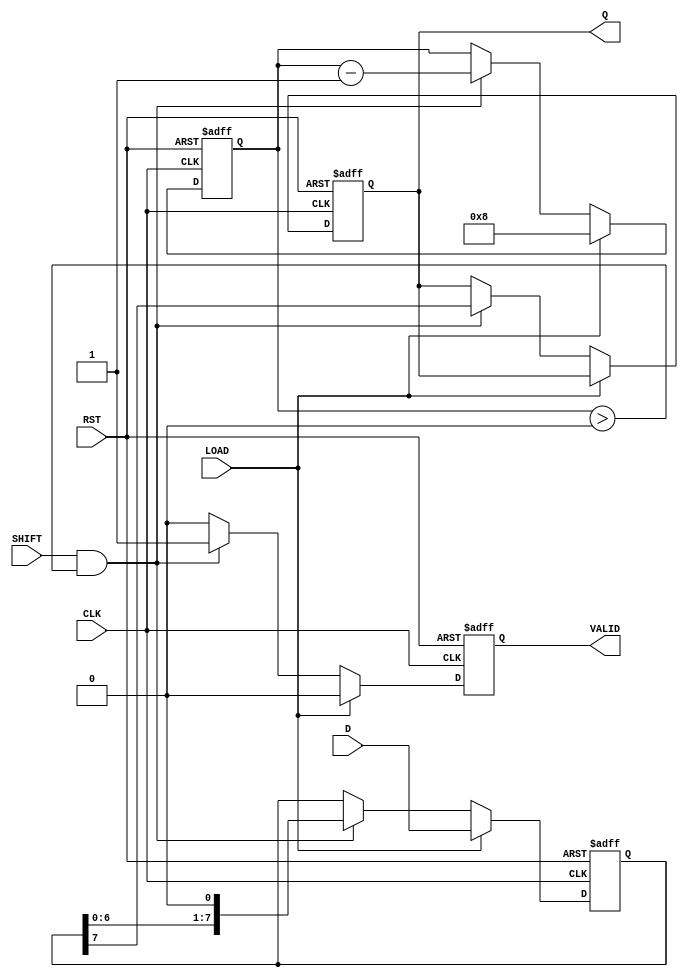
module PISO_Register #(
    parameter WIDTH = 8  // Width of the data input
)(
    input wire [WIDTH-1:0] D,      // Parallel data input
    input wire LOAD,                // Load control signal
    input wire SHIFT,               // Shift control signal
    input wire CLK,                 // Clock signal
    input wire RST,                 // Asynchronous reset signal
    output reg Q,                   // Serial output
    output reg VALID                // Data valid signal
);

    reg [WIDTH-1:0] shift_reg;      // Shift register to hold the data
    reg [3:0] bit_count;             // Counter for the number of bits shifted out

    // Asynchronous reset
    always @(posedge CLK or posedge RST) begin
        if (RST) begin
            shift_reg <= 0;          // Clear the shift register
            Q <= 0;                  // Clear the serial output
            VALID <= 0;              // Clear the valid signal
            bit_count <= 0;          // Reset bit counter
        end else begin
            if (LOAD) begin
                shift_reg <= D;      // Load data into the shift register
                bit_count <= WIDTH;  // Set bit count to the width of the data
                VALID <= 0;          // Clear valid signal on load
            end else if (SHIFT && bit_count > 0) begin
                Q <= shift_reg[WIDTH-1]; // Output the MSB
                shift_reg <= {shift_reg[WIDTH-2:0], 1'b0}; // Shift left
                bit_count <= bit_count - 1; // Decrement bit count
                VALID <= 1;          // Set valid signal during shifting
            end else begin
                VALID <= 0;          // Clear valid signal if not shifting
            end
        end
    end

endmodule